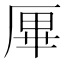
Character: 𠩿